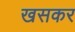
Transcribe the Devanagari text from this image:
खसकर